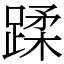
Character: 蹂